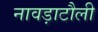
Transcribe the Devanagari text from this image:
नावड़ाटौली